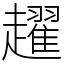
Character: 趯